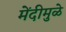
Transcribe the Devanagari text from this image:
मेंदीमुळे